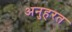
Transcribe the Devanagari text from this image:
अनुहरत